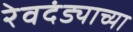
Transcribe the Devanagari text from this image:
रेवदंड्याच्या